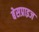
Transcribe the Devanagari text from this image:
बेसप्राइज